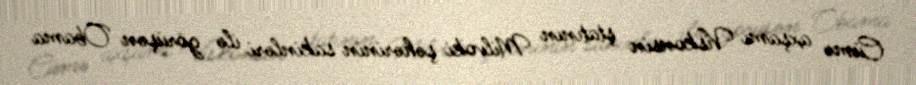
Cümə axşamı Viskonsin ştatının Milvoki şəhərinin sakinləri ilə görüşən Obama